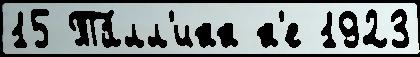
15 Та́лл'инн н'е 1923